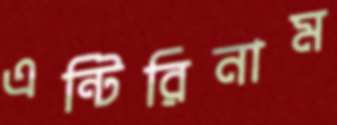
এন্টিরিনাম